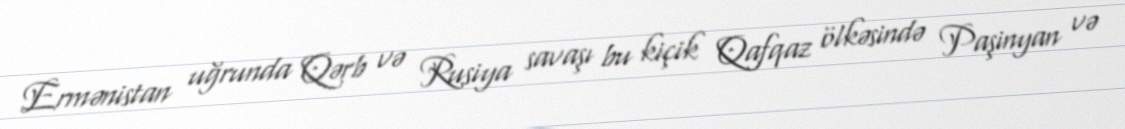
Ermənistan uğrunda Qərb və Rusiya savaşı bu kiçik Qafqaz ölkəsində Paşinyan və